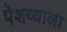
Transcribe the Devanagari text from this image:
पेशव्याला